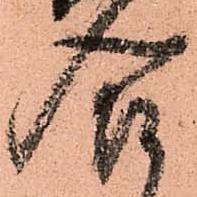
合